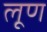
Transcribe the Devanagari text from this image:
लूण